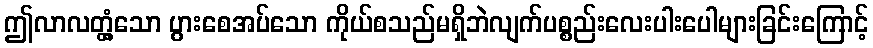
ဤလာလတ္တံ့သော ပွားစေအပ်သော ကိုယ်စသည်မရှိဘဲလျက်ပစ္စည်းလေးပါးပေါများခြင်းကြောင့်